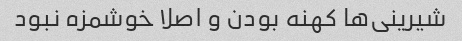
شیرینی‌ها کهنه بودن و اصلا خوشمزه نبود